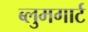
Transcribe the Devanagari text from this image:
ब्लुमगार्ट